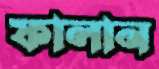
ফালান